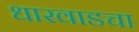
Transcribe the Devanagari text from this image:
धारवाडचा